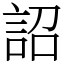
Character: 詔